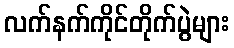
လက်နက်ကိုင်တိုက်ပွဲများ